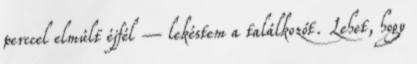
perccel elmúlt éjfél – lekéstem a találkozót. Lehet, hogy